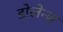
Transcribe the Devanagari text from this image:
डोलेन्ज़